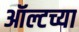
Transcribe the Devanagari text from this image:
ऑल्टच्या